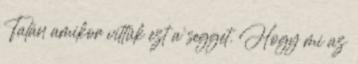
Talán amikor vittük ezt a segget. Hogy mi az